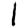
Digit: 1